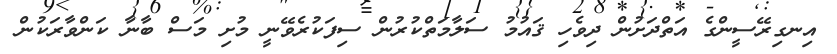
އިނގިރޭސީންގެ އަތްދަށުން ދިވެހި ޤައުމު ސަލާމަތްކުރުން ސިފަކުރެވޭނީ މުށި މަސް ބާނާ ކަންވާރަކުން